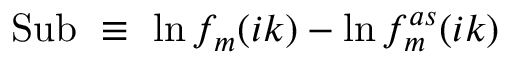
\mathrm { S u b } \ \equiv \ \ln f _ { m } ( i k ) - \ln f _ { m } ^ { a s } ( i k )